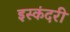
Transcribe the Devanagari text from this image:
इस्कंदरी